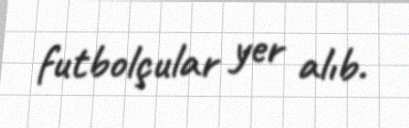
futbolçular yer alıb.